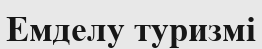
Емделу туризмі